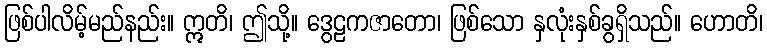
ဖြစ်ပါလိမ့်မည်နည်း။ ဣတိ၊ ဤသို့။ ဒွေဠကဇာတော၊ ဖြစ်သော နှလုံးနှစ်ခွရှိသည်။ ဟောတိ၊